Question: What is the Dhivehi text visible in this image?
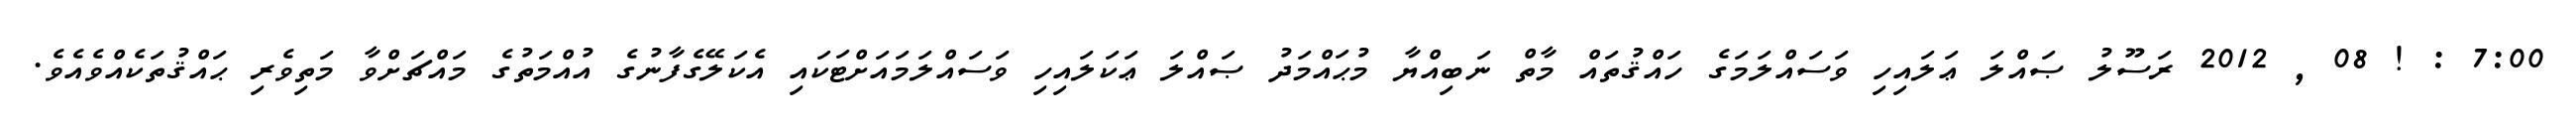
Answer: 7:00 : ! 08 , 2012 ރަސޫލު ޞައްލަ ޢަލައިހި ވަސައްލަމަގެ ހައްޤުތައް މާތް ނަބިއްޔާ މުޙައްމަދު ޞައްލަ ޢަކަލައިހި ވަސައްލަމައަށްޓަކައި އެކަލޭގެފާނުގެ އުއްމަތުގެ މައްޗަށްވާ މަތިވެރި ޙައްޤުތަކެއްވެއެވެ.